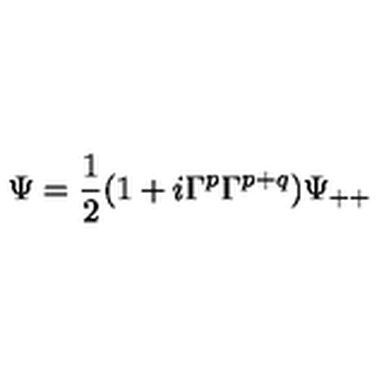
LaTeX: \Psi = { \frac { 1 } { 2 } } ( 1 + i \Gamma ^ { p } \Gamma ^ { p + q } ) \Psi _ { + + }